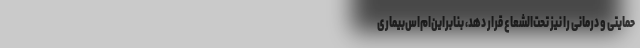
حمایتی و درمانی را نیز تحت‌الشعاع قرار دهد، بنابراین‌ام‌اس‌بیماری